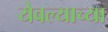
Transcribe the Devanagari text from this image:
येवल्याच्या